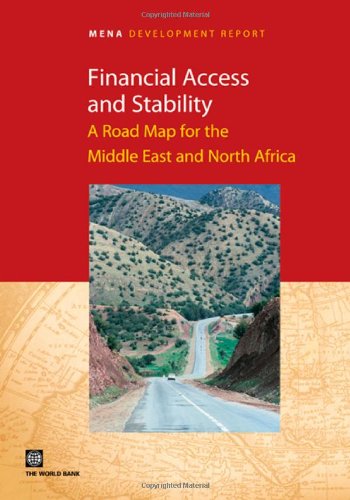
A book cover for Financial Access and Stability: A Road Map for the Middle East and North Africa (MENA Development Report); The World Bank; Travel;